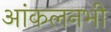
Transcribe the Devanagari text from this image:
आंकलनभी